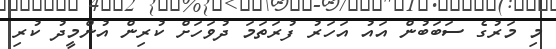
މި މަރުގެ ސަބަބުން އައު އަހަރު ފުރަތަމަ ދުވަހަށް ކުރިން އުންމީދު ކުރި